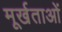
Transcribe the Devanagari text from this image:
मूर्खताओं